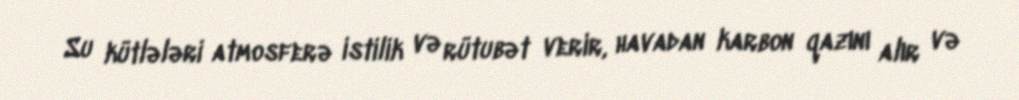
Su kütlələri atmosferə istilik və rütubət verir, havadan karbon qazını alır və